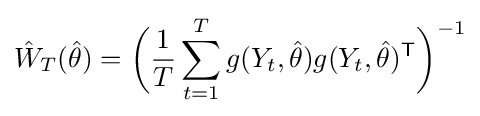
{\hat {W}}_{T}({\hat {\theta }})={\bigg (}{\frac {1}{T}}\sum _{t=1}^{T}g(Y_{t},{\hat {\theta }})g(Y_{t},{\hat {\theta }})^{\mathsf {T}}{\bigg )}^{-1}